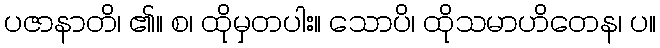
ပဇာနာတိ၊ ၏။ စ၊ ထိုမှတပါး။ သောပိ၊ ထိုသမာဟိတေန၊ ပ။